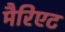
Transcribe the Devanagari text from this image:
मैरिएट